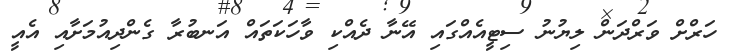
ހަރްށް ވަރްދަން ލިޔުނު ސިޓީއެއްގައި އޭނާ ދެއްކި ވާހަކަތައް އަނބުރާ ގެންދިއުމަށާއި އެއީ